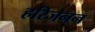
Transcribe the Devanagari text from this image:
हरिजनन